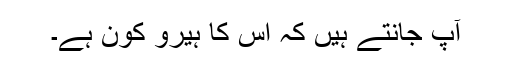
آپ جانتے ہیں کہ اس کا ہیرو کون ہے۔